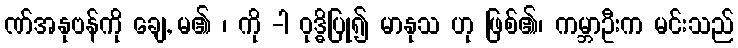
ဏ်အနုဗန်ကို ချေ, မ၏ ၊ ကို -ါ ဝုဒ္ဓိပြု၍ မာနုသ ဟု ဖြစ်၏၊ ကမ္ဘာဦးက မင်းသည်